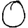
Digit: 0